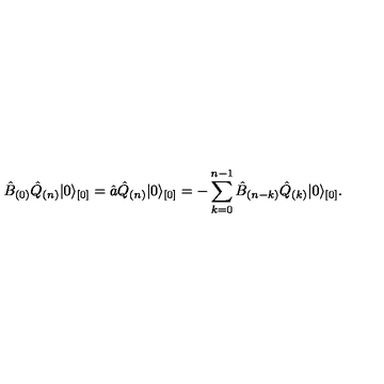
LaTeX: \hat { B } _ { ( 0 ) } \hat { Q } _ { ( n ) } \vert 0 \rangle _ { [ 0 ] } = \hat { a } \hat { Q } _ { ( n ) } \vert 0 \rangle _ { [ 0 ] } = - \sum _ { k = 0 } ^ { n - 1 } \hat { B } _ { ( n - k ) } \hat { Q } _ { ( k ) } \vert 0 \rangle _ { [ 0 ] } .